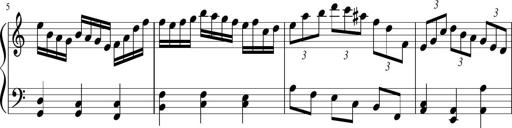
Title: Sonatina in F major
Composer: Ethan Ngo
Key: F major